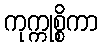
ကုက္ကုစ္စိကာ